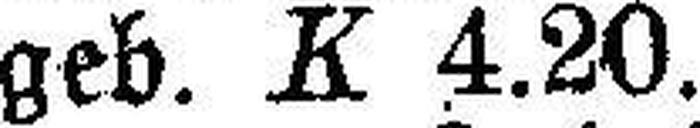
geb. K 4.20.